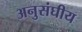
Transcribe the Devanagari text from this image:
अनुसंघीय